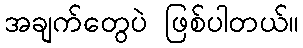
အချက်တွေပဲ ဖြစ်ပါတယ်။